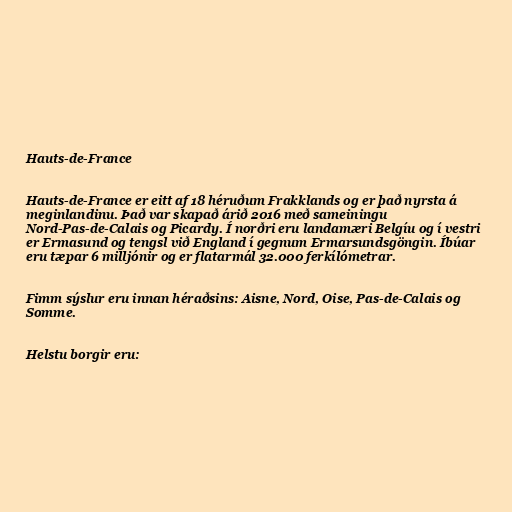
Hauts-de-France

Hauts-de-France er eitt af 18 héruðum Frakklands og er það nyrsta á
meginlandinu. Það var skapað árið 2016 með sameiningu
Nord-Pas-de-Calais og Picardy. Í norðri eru landamæri Belgíu og í vestri
er Ermasund og tengsl við England í gegnum Ermarsundsgöngin. Íbúar
eru tæpar 6 milljónir og er flatarmál 32.000 ferkílómetrar.

Fimm sýslur eru innan héraðsins: Aisne, Nord, Oise, Pas-de-Calais og
Somme.

Helstu borgir eru: